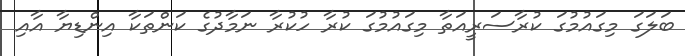
ބަލަގަ މިގައުމުގަ ކުރާސަރީއަތާ މިގައުމުގަ ކުރާ ހުކުރާ ނަމާދުގެ ކަންތަކާ އިންޑިޔާ އާއި